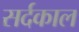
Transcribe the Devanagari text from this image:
सर्दकाल